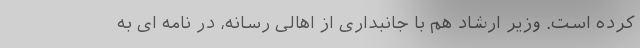
کرده است. وزیر ارشاد هم با جانبداری از اهالی رسانه، در نامه ای به